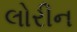
લોરીન